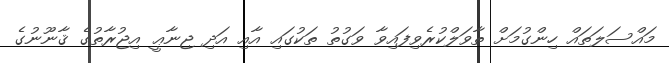
މައްސަލަތައް ހިންގުމަށް ތާވަލްކުރެވިފައިވާ ވަގުތު ތަކުގައި އާއި އަދި ޖިނާޢީ އިޖުރާތުގެ ޤާނޫނުގެ